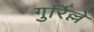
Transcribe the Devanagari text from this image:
गुर्रिल्ले